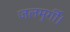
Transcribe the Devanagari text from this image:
जलमुर्गी।